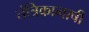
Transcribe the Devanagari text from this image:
तंत्रिकाभाषी